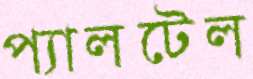
প্যালটেল